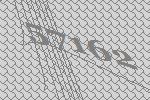
57162